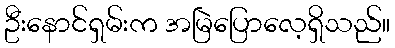
ဦးနောင်ရှမ်းက အမြဲပြောလေ့ရှိသည်။